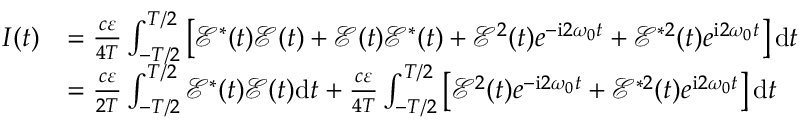
\begin{array} { r l } { I ( t ) } & { = \frac { c \varepsilon } { 4 T } \int _ { - T / 2 } ^ { T / 2 } \left[ \mathcal { E } ^ { * } ( t ) \mathcal { E } ( t ) + \mathcal { E } ( t ) \mathcal { E } ^ { * } ( t ) + \mathcal { E } ^ { 2 } ( t ) e ^ { - \mathrm { { i } } 2 \omega _ { 0 } t } + \mathcal { E } ^ { * 2 } ( t ) e ^ { { \mathrm { i } } 2 \omega _ { 0 } t } \right] \mathrm { { d } } t } \\ & { = \frac { c \varepsilon } { 2 T } \int _ { - T / 2 } ^ { T / 2 } \mathcal { E } ^ { * } ( t ) \mathcal { E } ( t ) { \mathrm { d } } t + \frac { c \varepsilon } { 4 T } \int _ { - T / 2 } ^ { T / 2 } \left[ \mathcal { E } ^ { 2 } ( t ) e ^ { - \mathrm { { i } } 2 \omega _ { 0 } t } + \mathcal { E } ^ { * 2 } ( t ) e ^ { { \mathrm { i } } 2 \omega _ { 0 } t } \right] \mathrm { { d } } t } \end{array}